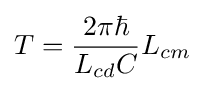
T={2\pi \hbar  \over {L_{cd}C}}L_{cm}